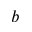
b